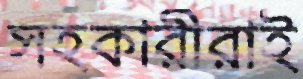
সহকারীরাই